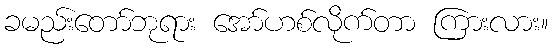
ခမည်းတော်ဘုရား အော်ဟစ်လိုက်တာ ကြားလား။